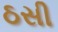
ઠસી